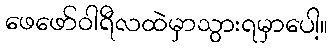
ဖေဖော်ဝါရီလထဲမှာသွားရမှာပေါ့။